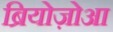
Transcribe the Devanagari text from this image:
ब्रियोज़ोआ